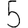
Digit: 5